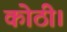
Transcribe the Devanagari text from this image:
कोठी।